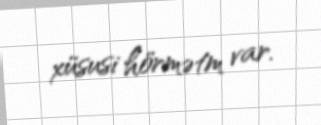
xüsusi hörmətm var.